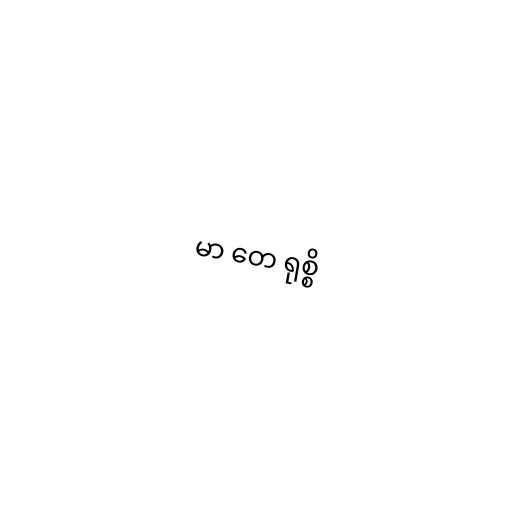
မာ တေ ရုစ္စိ